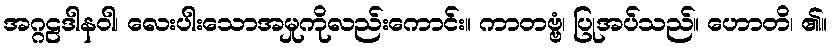
အဂ္ဂဠဒါနဝါ၊ လေးပါးသောအမှုကိုလည်းကောင်း။ ကာတဗ္ဗံ၊ ပြုအပ်သည်။ ဟောတိ၊ ၏။